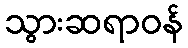
သွားဆရာဝန်